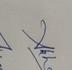
Signature authenticity: genuine